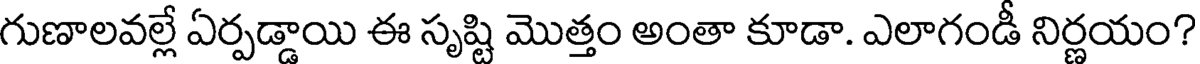
గుణాలవల్లే ఏర్పడ్డాయి ఈ సృష్టి మొత్తం అంతా కూడా. ఎలాగండీ నిర్ణయం?